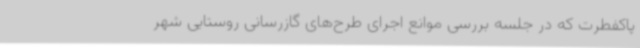
پاکفطرت که در جلسه بررسی موانع اجرای طرح‌های گازرسانی روستایی شهر